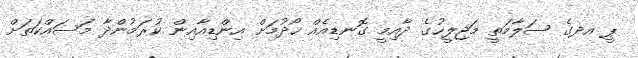
ޕީ އދގެ ސަލާމަތީ މަޖިލީހުގެ ދާއިމީ ގޮނޑިއެއް ހޯދުމަށް އިންޑިއާއިން ކުރަމުންދާ މަސައްކަތަށް